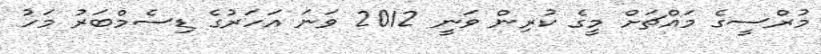
މުރްސީގެ މައްޗަށް މީގެ ކުރިން ވަނީ 2012 ވަނަ އަހަރުގެ ޑިސެމްބަރު މަހު